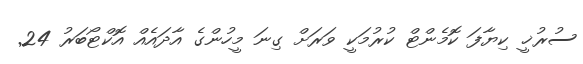
ސުރުޚީ ކިޔާފަ ކޮމެންޓް ކުރުމަކީ ވަރަށް ގިނަ މީހުންގެ އާދައެއް އޮކްޓޯބަރު 24